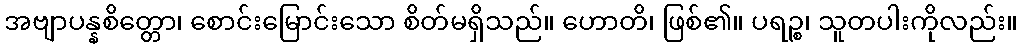
အဗျာပန္နစိတ္တော၊ စောင်းမြောင်းသော စိတ်မရှိသည်။ ဟောတိ၊ ဖြစ်၏။ ပရဉ္စ၊ သူတပါးကိုလည်း။